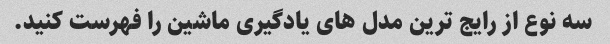
سه نوع از رایج ترین مدل های یادگیری ماشین را فهرست کنید.